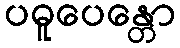
ပဓူပေန္တော